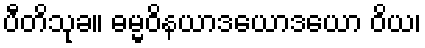
ပီတိသုခ။ ဓမ္မဝိနယာဒယောဒယော ဝိယ၊